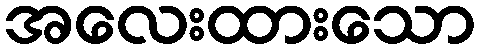
အလေးထားသော